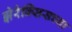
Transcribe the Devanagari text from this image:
झेरेक्सिसच्या